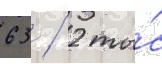
63 / 2 ты́с